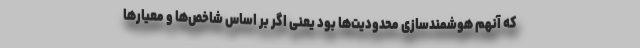
که آنهم هوشمندسازی محدودیت‌ها بود یعنی اگر بر اساس شاخص‌ها و معیارها